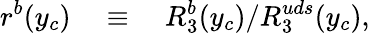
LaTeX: r^{b}(y_{c})\quad\equiv\quad R_{3}^{b}(y_{c})/R_{3}^{uds}(y_{c}),